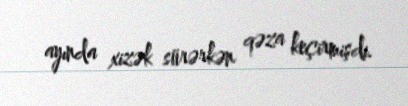
ayında xizək sürərkən qəza keçirmişdi.